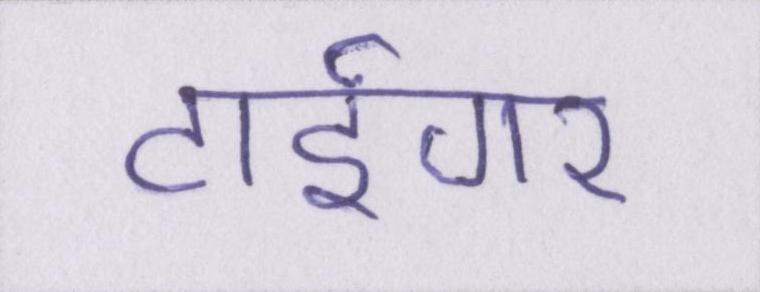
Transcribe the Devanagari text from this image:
टाईगर